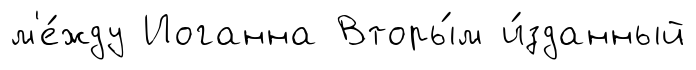
м'е́жду Иоганна Вторы́м и́зданный